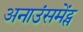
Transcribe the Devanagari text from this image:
अनाउंसमेंट्स